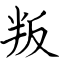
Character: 叛